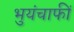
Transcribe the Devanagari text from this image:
भुयंचाफीं